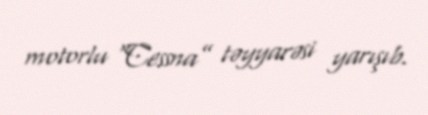
motorlu “Cessna” təyyarəsi yarışıb.